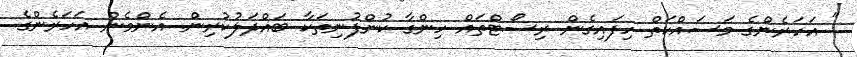
" އަހަރެންގެ މަސައްކަތް ހިފައިގެން ރިސޯޓްތައް ހިންގާ ކުންފުނިތަކާ ބައްދަލުކުރިން. އެންމެން އަހަރެންގެ